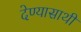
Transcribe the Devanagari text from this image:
देण्यासाथी